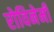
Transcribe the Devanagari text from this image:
रोविनेमी